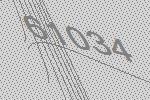
61034